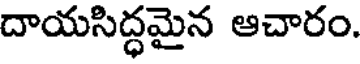
దాయసిద్ధమైన ఆచారం.